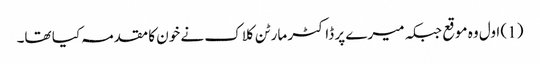
(1) اول وہ موقع جبکہ میرے پر ڈاکٹر مارٹن کلاک نے خون کا مقدمہ کیا تھا۔